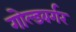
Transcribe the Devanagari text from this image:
गोल्डबर्गर